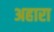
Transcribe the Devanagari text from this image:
अहारा